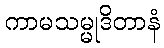
ကာမသမ္မုဒိတာနံ